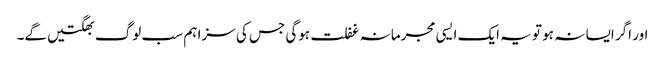
اور اگر ایسا نہ ہو تو یہ ایک ایسی مجرمانہ غفلت ہوگی جس کی سزا ہم سب لوگ بھگتیں گے۔